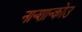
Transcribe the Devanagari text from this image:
नान्शान्कोउ